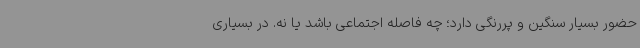
حضور بسیار سنگین و پررنگی دارد؛ چه فاصله اجتماعی باشد یا نه. در بسیاری